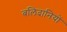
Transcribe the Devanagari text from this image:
बलिदानियों